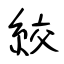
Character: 絞